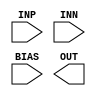
module COMPARATOR(
    input INP,
    input INN,
    input BIAS,
    output OUT
);
endmodule